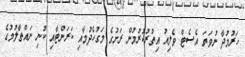
ހަރުމުދާ ނުވަތަ އެސެޓް ވެލިއު އިތުރުކުރުމުން ރަށުގެ މަގުހެދުމާއި ކަރަންޓާއި ކުނި ނައްތާލުމުގެ